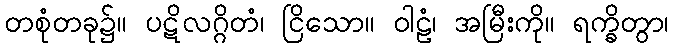
တစုံတခု၌။ ပဋိလဂ္ဂိတံ၊ ငြိသော။ ဝါဠံ၊ အမြီးကို။ ရက္ခိတွာ၊